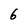
Character: 6